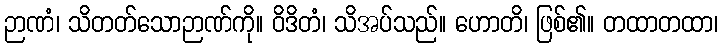
ဉာဏံ၊ သိတတ်သောဉာဏ်ကို။ ဝိဒိတံ၊ သိအပ်သည်။ ဟောတိ၊ ဖြစ်၏။ တထာတထာ၊